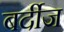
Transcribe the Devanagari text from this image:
बर्दीज